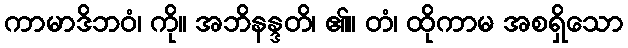
ကာမာဒိဘဝံ၊ ကို။ အဘိနန္ဒတိ၊ ၏။ တံ၊ ထိုကာမ အစရှိသော